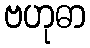
ဗဟုဓာ